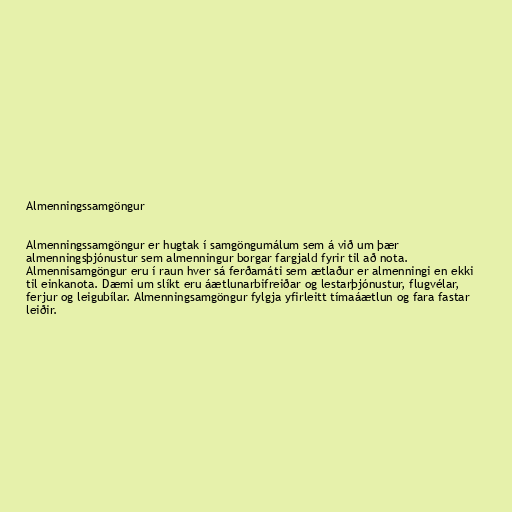
Almenningssamgöngur

Almenningssamgöngur er hugtak í samgöngumálum sem á við um þær
almenningsþjónustur sem almenningur borgar fargjald fyrir til að nota.
Almennisamgöngur eru í raun hver sá ferðamáti sem ætlaður er almenningi en ekki
til einkanota. Dæmi um slíkt eru áætlunarbifreiðar og lestarþjónustur, flugvélar,
ferjur og leigubílar. Almenningsamgöngur fylgja yfirleitt tímaáætlun og fara fastar
leiðir.